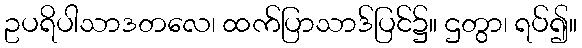
ဥပရိပါသာဒတလေ၊ ထက်ပြာသာဒ်ပြင်၌။ ဌတွာ၊ ရပ်၍။